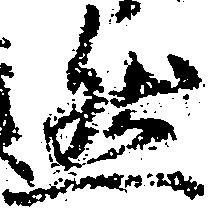
然